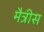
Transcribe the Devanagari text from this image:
मैत्रीस